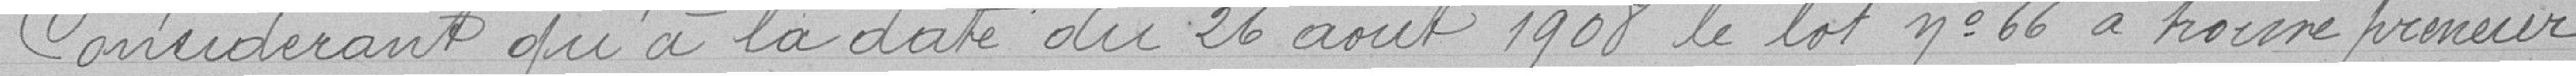
Considérant qu'à la date du 26 août 1908lez lot N°66 a trouvé preneur